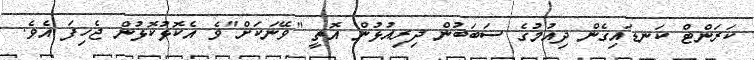
ކަރަންޓް ކަނޑައިގެން ދިއުމުގެ ސަބަބުން ދިރިއުޅުން އޮތީ "ވޭނަކަށް"ވެ އެކޮޅުކޮޅުން ޖެހިފަ އެވެ.